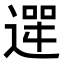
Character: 𮞮